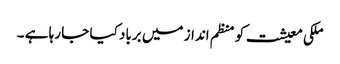
ملکی معیشت کو منظم انداز میں برباد کیا جا رہا ہے ۔